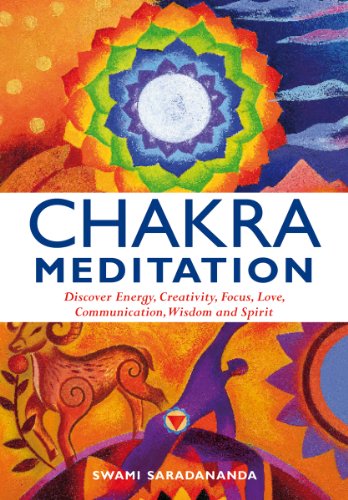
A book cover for Chakra Meditation: Discovery Energy, Creativity, Focus, Love, Communication, Wisdom, and Spirit; Swami Saradananda; Religion & Spirituality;